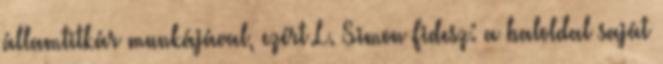
államtitkár munkájával, ezért L. Simon Fidesz: a baloldal saját